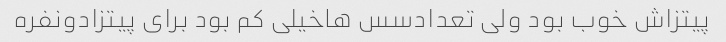
پیتزاش خوب بود ولی تعدادسس هاخیلی کم بود برای پیتزادونفره